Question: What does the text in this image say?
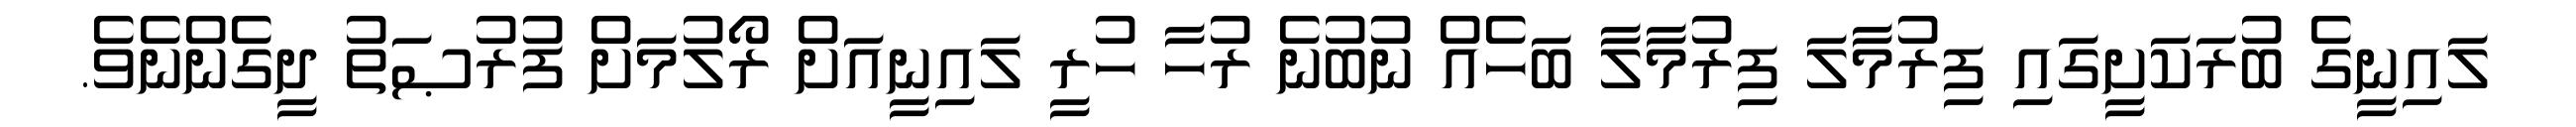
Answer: ލައިނީގެ ބުރަކަށީގައި ފިރުމާލަ ފިރުމާލާ ބަހެއް ނުބުނެ ރުހާ ހުރީ ލައިނީއަށް ރޯލުމަށް ފުރުޞަތު ދީގެންނެވެ.